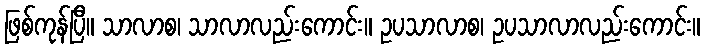
ဖြစ်ကုန်ပြီ။ သာလာစ၊ သာလာလည်းကောင်း။ ဥပသာလာစ၊ ဥပသာလာလည်းကောင်း။